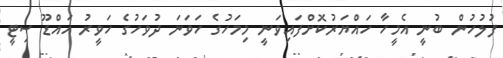
ފުލުހުން ބުނީ އެމީހާ ހައްޔަރުކޮށްފައިވަނީ މިމަހުގެ ހަވަނަ ދުވަހުގެ ހަވީރު އައްޑޫ ސިޓީ